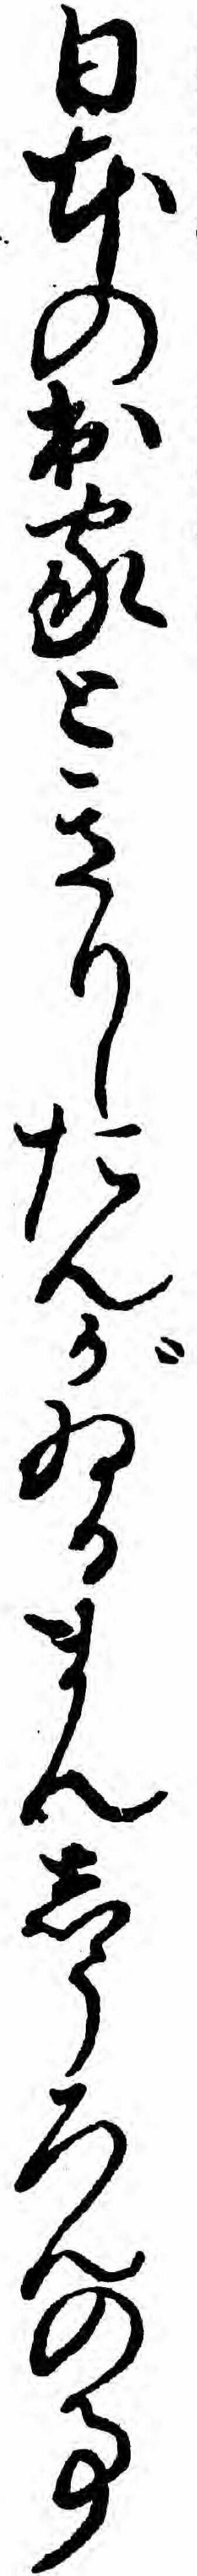
日本の出家ときりしたんがゐるまんしうろんの事